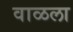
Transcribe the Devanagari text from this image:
वाळला